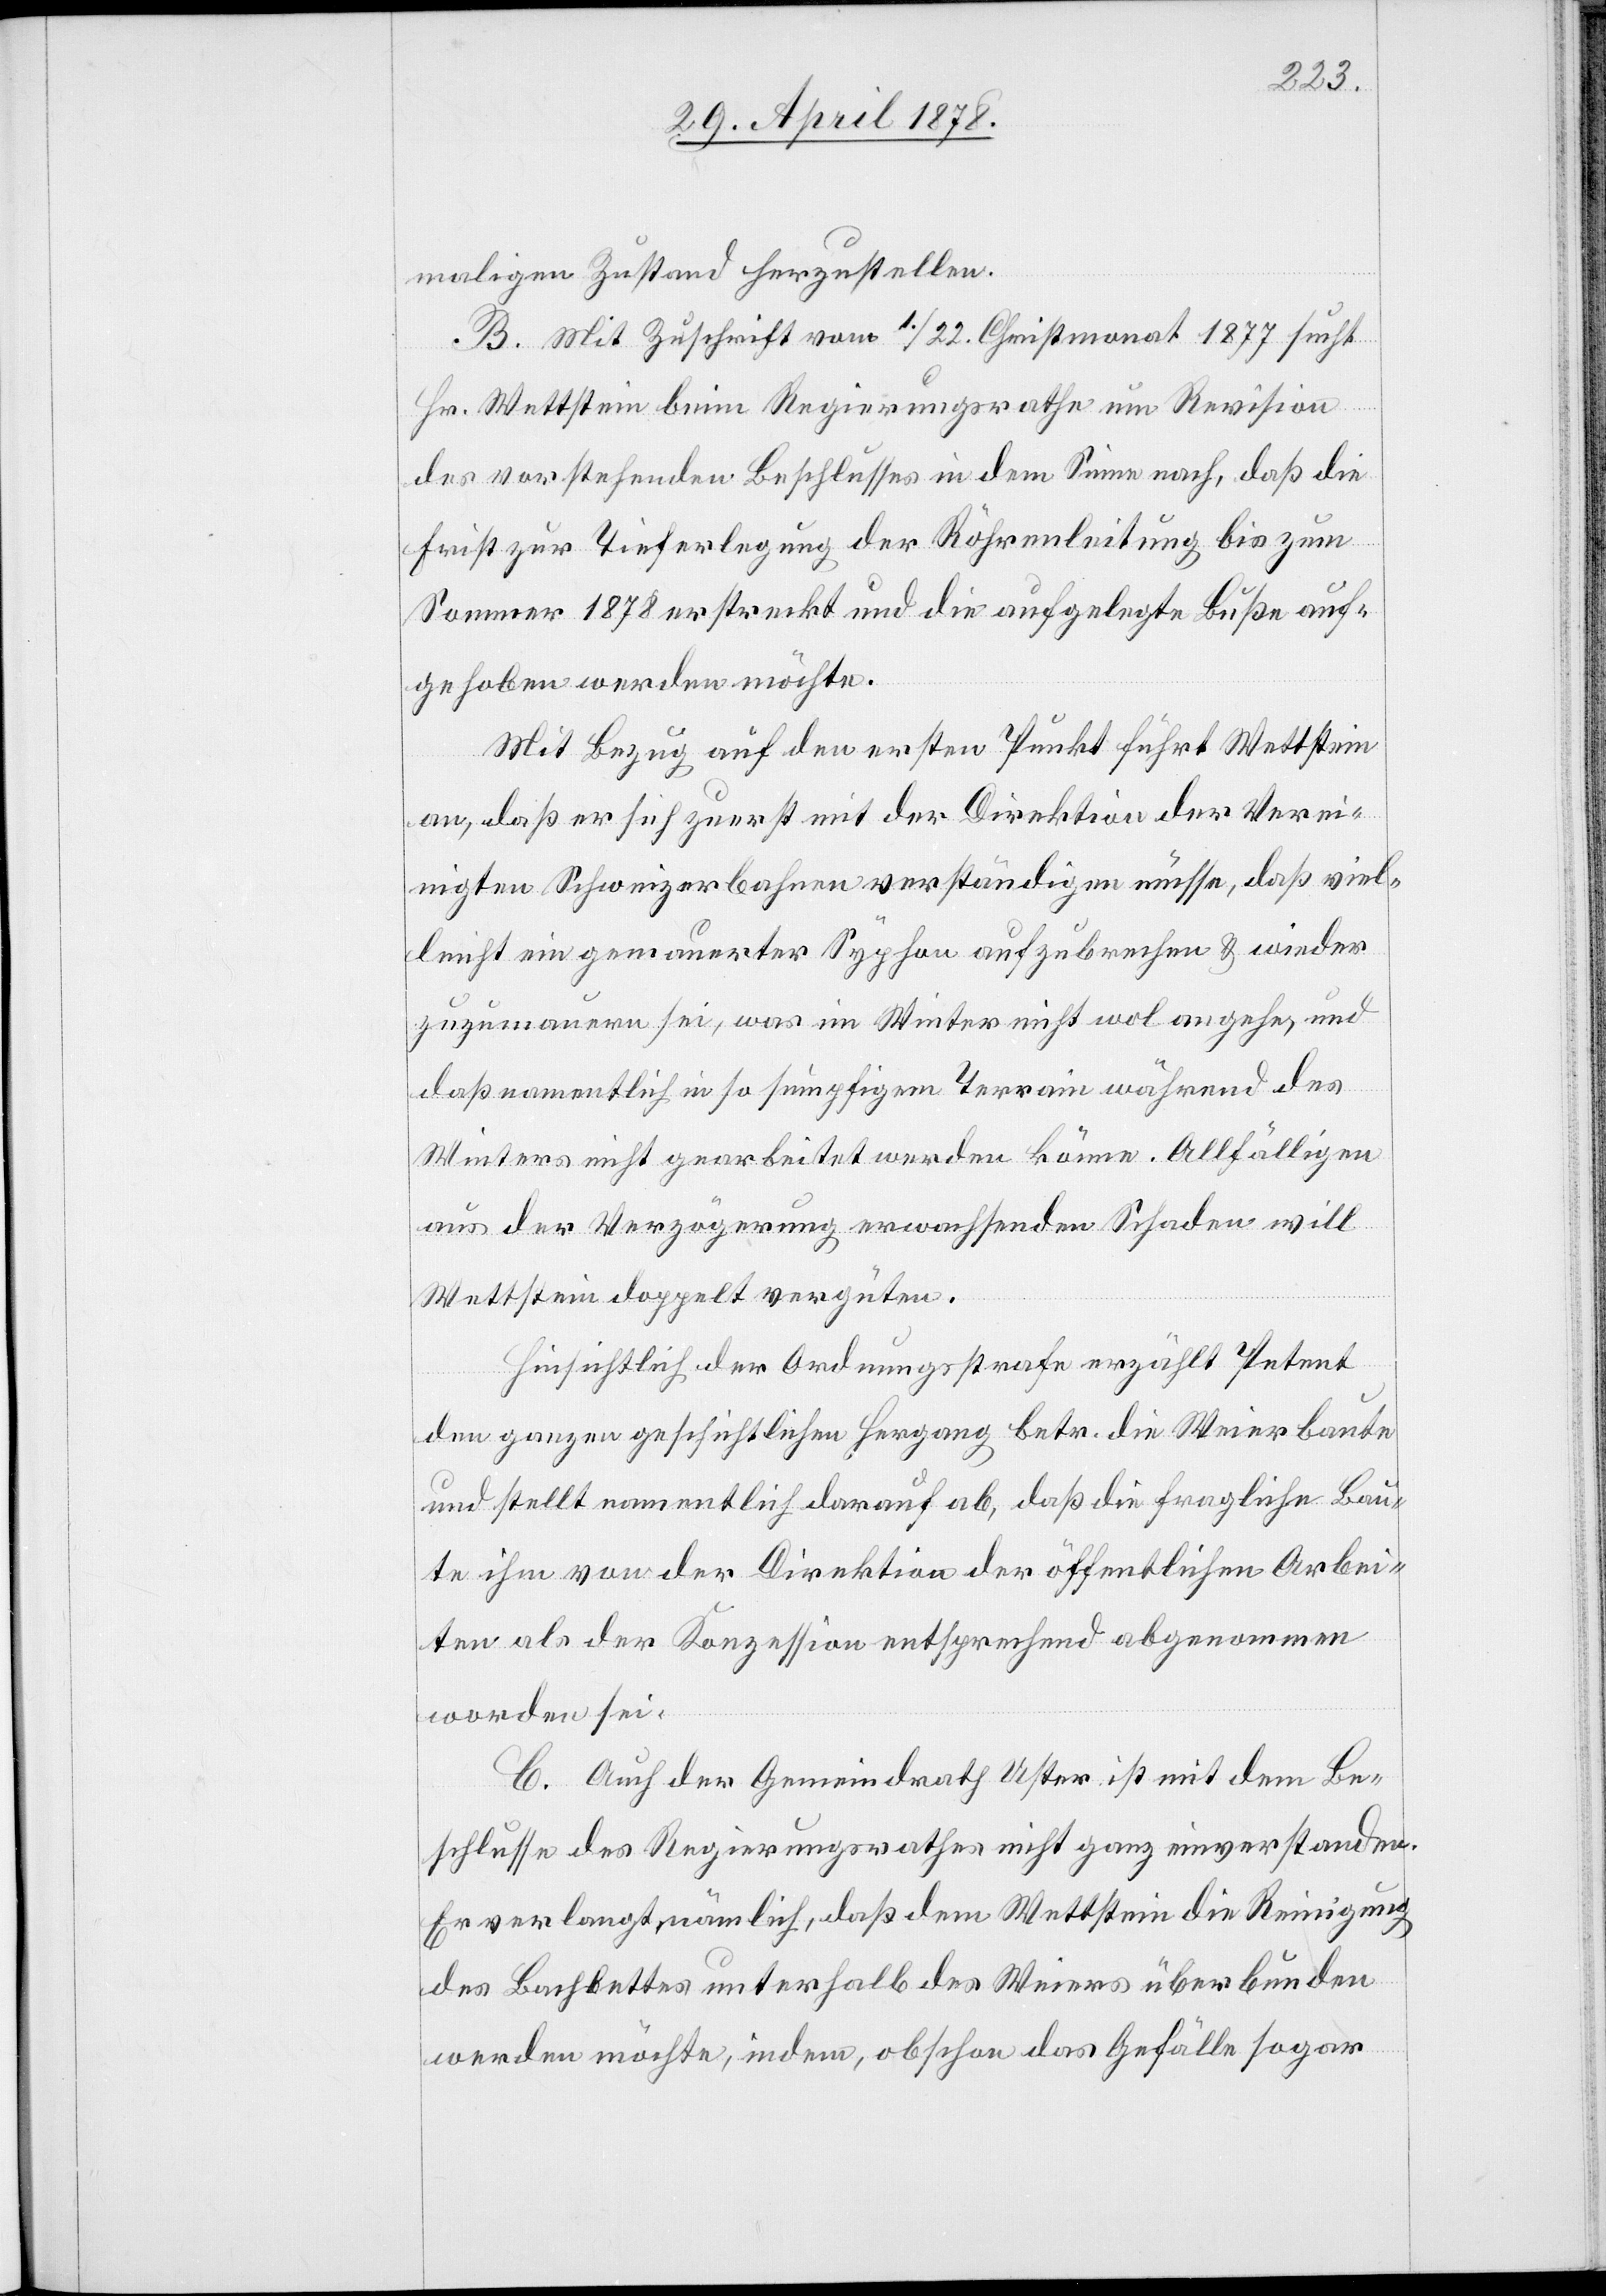
maligen Zustand herzustellen.
B. Mit Zuschrift vom 1./22. Christmonat 1877 sucht
Hr. Wettstein beim Regierungsrathe um Revision
des vorstehenden Beschlusses in dem Sinne nach, daß die
bis zur Tieferlegung der Röhrenleitung bis zum
Sommer 1878 erstreckt und die aufgelegte Buße auf¬
gehoben werden möchte.
Mit Bezug auf den ersten Punkt führt Wettstein
an, daß er sich zuerst mit der Direktion der Verei¬
nigten Schweizerbahnen verständigen müsse, daß viel¬
leicht ein gemauerter Syphon aufzubrechen & wieder¬
zuzumauern sei, was im Winter nicht wol angehe, und
daß namentlich in so sumpfigem Terrain während des
Winters nicht gearbeitet werden könne. Allfälligen
aus der Verzögerung erwachsenden Schaden will
Wettstein doppelt vergüten.
Hinsichtlich der Ordnungsstrafe erzählt Petent
dem ganzen geschichtlichen Hergang betr. die Weierbaute
und stellt namentlich darauf ab, daß die fragliche Bau¬
te ihm von der Direktion der öffentlichen Arbei¬
ten als Konzession entsprechend abgenommen
worden sei.
C. Auch der Gemeindrath Uster ist mit dem Be¬
schlusse des Regierungsrathes nicht ganz einverstanden.
Er verlangt nämlich, daß dem Wettstein die Reinigung
des Bachbettes unterhalb des Weiers überbunden
werden möchte, indem, obschon das Gefälle sogar